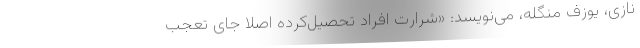
نازی، یوزف منگله، می‌نویسد: «شرارتِ افراد تحصیل‌کرده اصلاً جای تعجب